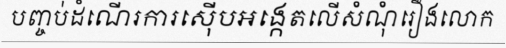
បញ្ចប់ដំណើរការស៊ើបអង្កេតលើសំណុំរឿងលោក